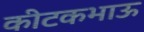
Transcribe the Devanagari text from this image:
कीटकभाऊ